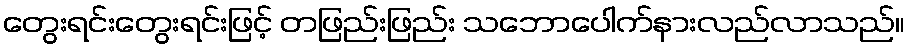
တွေးရင်းတွေးရင်းဖြင့် တဖြည်းဖြည်း သဘောပေါက်နားလည်လာသည်။